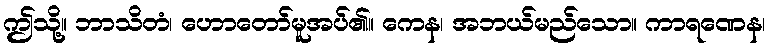
ဤသို့။ ဘာသိတံ၊ ဟောတော်မူအပ်၏။ ကေန၊ အဘယ်မည်သော။ ကာရဏေန၊